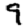
Digit: 9